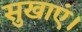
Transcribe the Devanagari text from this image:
सुखाएं।